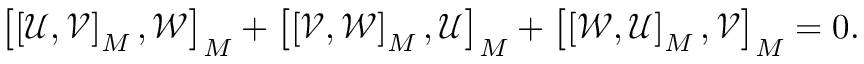
\begin{array} { r } { \left[ \left[ \ensuremath { \mathcal { U } } , \ensuremath { \mathcal { V } } \right] _ { M } , \ensuremath { \mathcal { W } } \right] _ { M } + \left[ \left[ \ensuremath { \mathcal { V } } , \ensuremath { \mathcal { W } } \right] _ { M } , \ensuremath { \mathcal { U } } \right] _ { M } + \left[ \left[ \ensuremath { \mathcal { W } } , \ensuremath { \mathcal { U } } \right] _ { M } , \ensuremath { \mathcal { V } } \right] _ { M } = 0 . } \end{array}